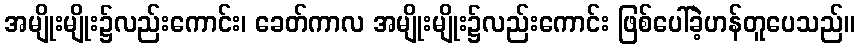
အမျိုးမျိုး၌လည်းကောင်း၊ ခေတ်ကာလ အမျိုးမျိုး၌လည်းကောင်း ဖြစ်ပေါ်ခဲ့ဟန်တူပေသည်။